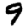
Digit: 9